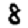
Digit: 8